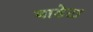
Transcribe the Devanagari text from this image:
बाडेटा